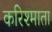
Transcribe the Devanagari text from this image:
करिश्माता